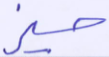
حيز